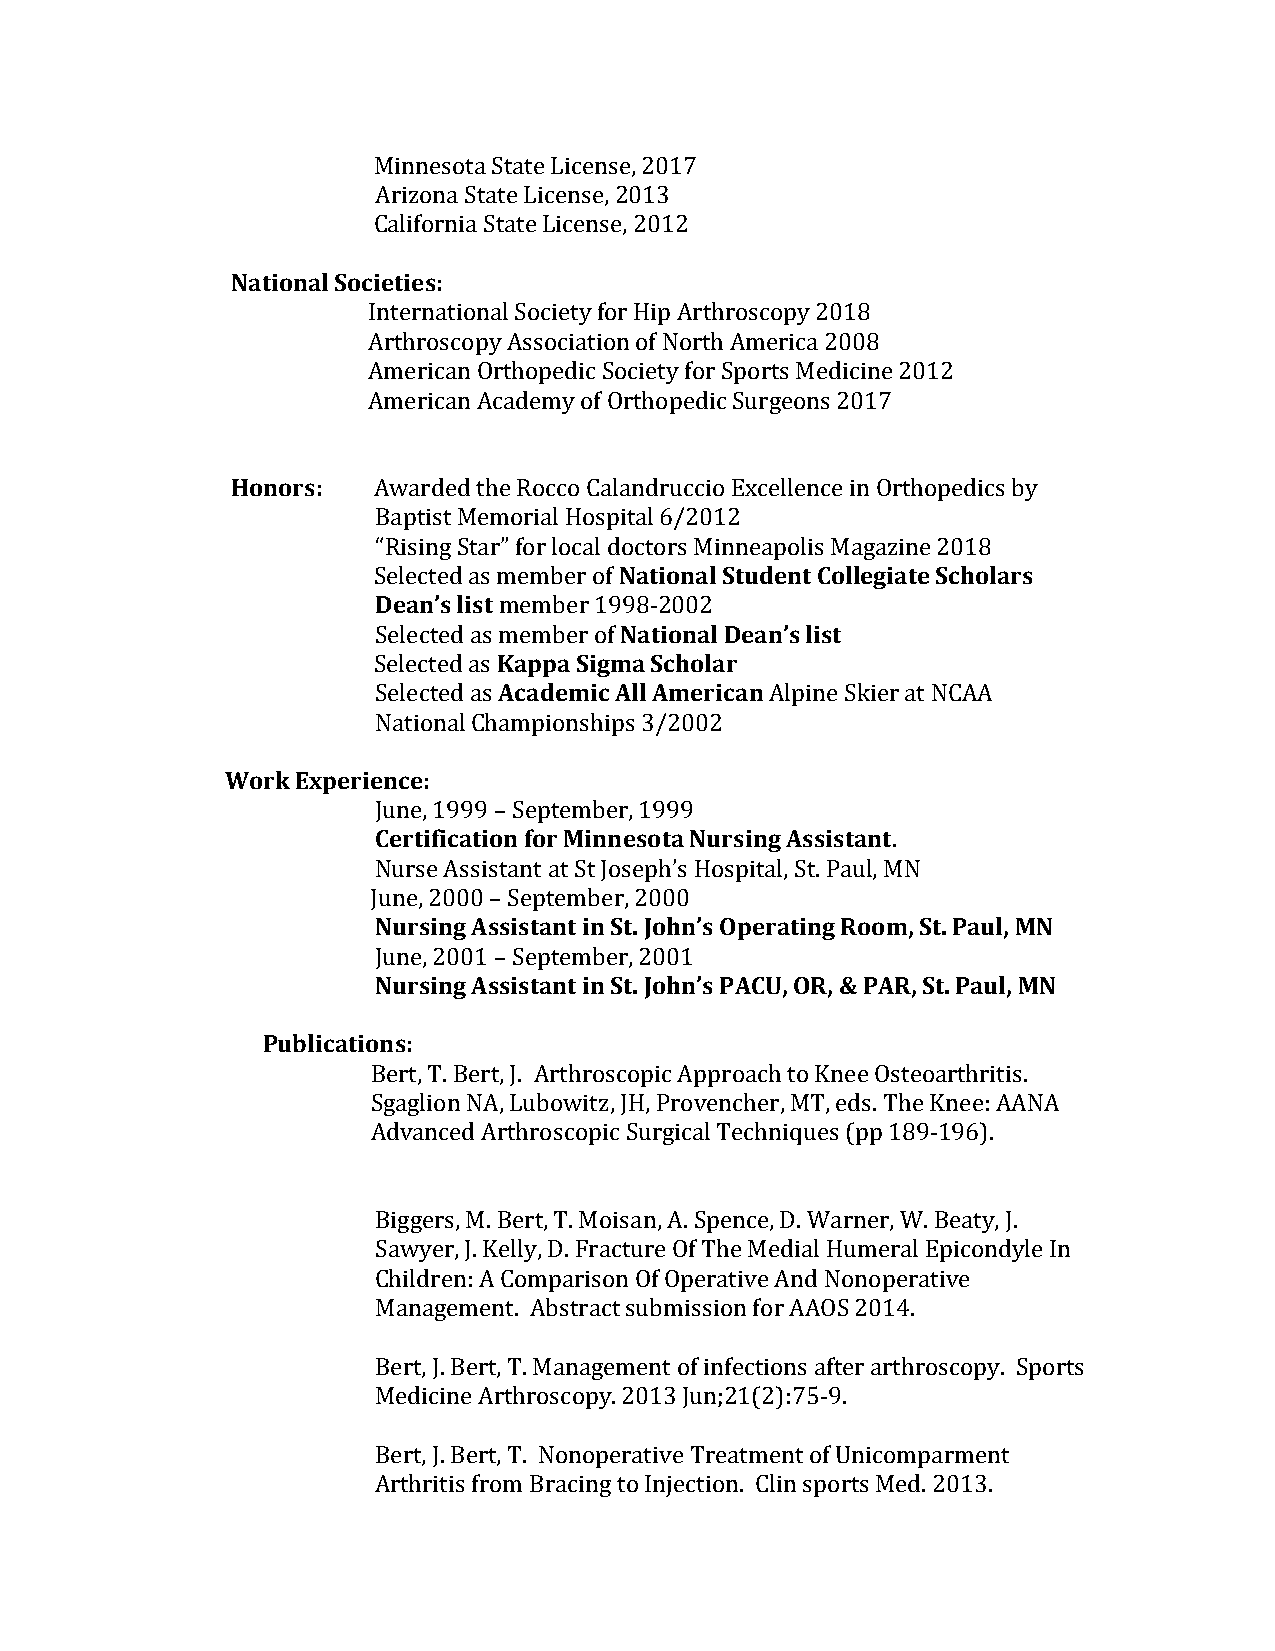
Minnesota State License, 2017
 Arizona State License, 2013
 California State License, 2012
 National Societies:
 International Society for Hip Arthroscopy 2018
 Arthroscopy Association of North America 2008
 American Orthopedic Society for Sports Medicine 2012
 American Academy of Orthopedic Surgeons 2017
 Honors:   Awarded the Rocco Calandruccio Excellence in Orthopedics by
 Baptist Memorial Hospital 6/2012
 “Rising Star” for local doctors Minneapolis Magazine 2018
 Selected as member of National Student Collegiate Scholars
 Dean’s list member 1998-2002
 Selected as member of National Dean’s list
 Selected as Kappa Sigma Scholar
 Selected as Academic All American Alpine Skier at NCAA
 National Championships 3/2002
 Work Experience:
 June, 1999 – September, 1999
 Certification for Minnesota Nursing Assistant.
 Nurse Assistant at St Joseph’s Hospital, St. Paul, MN
 June, 2000 – September, 2000
 Nursing Assistant in St. John’s Operating Room, St. Paul, MN
 June, 2001 – September, 2001
 Nursing Assistant in St. John’s PACU, OR, & PAR, St. Paul, MN
 Publications:
 Bert, T. Bert, J. Arthroscopic Approach to Knee Osteoarthritis.
 Sgaglion NA, Lubowitz, JH, Provencher, MT, eds. The Knee: AANA
 Advanced Arthroscopic Surgical Techniques (pp 189-196).
 Biggers, M. Bert, T. Moisan, A. Spence, D. Warner, W. Beaty, J.
 Sawyer, J. Kelly, D. Fracture Of The Medial Humeral Epicondyle In
 Children: A Comparison Of Operative And Nonoperative
 Management. Abstract submission for AAOS 2014.
 Bert, J. Bert, T. Management of infections after arthroscopy. Sports
 Medicine Arthroscopy. 2013 Jun;21(2):75-9.
 Bert, J. Bert, T. Nonoperative Treatment of Unicomparment
 Arthritis from Bracing to Injection. Clin sports Med. 2013.